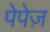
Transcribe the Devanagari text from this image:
पेपेज़